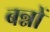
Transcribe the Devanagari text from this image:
बन्नों